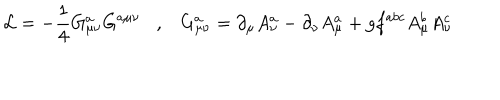
LaTeX: { \cal L } = - \frac { 1 } { 4 } G _ { \mu \nu } ^ { a } G ^ { a \mu \nu } , G _ { \mu \nu } ^ { a } = \partial _ { \mu } A _ { \nu } ^ { a } - \partial _ { \nu } A _ { \mu } ^ { a } + g f ^ { a b c } A _ { \mu } ^ { b } A _ { \nu } ^ { c }